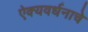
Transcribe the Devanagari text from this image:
ऐक्यवर्धनाचे